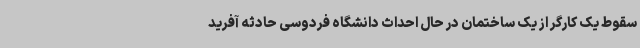
سقوط یک کارگر از یک ساختمان در حال احداث دانشگاه فردوسی حادثه آفرید